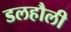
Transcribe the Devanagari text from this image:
डलहौली